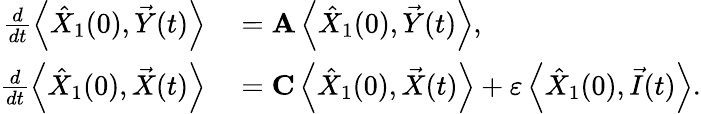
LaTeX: \begin{array}{rl}{\frac{d}{dt}\left\langle\hat{X}_{1}(0),\vec{Y}(t)\right\rangle}&{{}=\mathbf{A}\left\langle\hat{X}_{1}(0),\vec{Y}(t)\right\rangle,}\\ {\frac{d}{dt}\left\langle\hat{X}_{1}(0),\vec{X}(t)\right\rangle}&{{}=\mathbf{C}\left\langle\hat{X}_{1}(0),\vec{X}(t)\right\rangle+\varepsilon\left\langle\hat{X}_{1}(0),\vec{I}(t)\right\rangle.}\end{array}